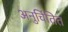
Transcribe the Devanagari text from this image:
अनुचिंतित